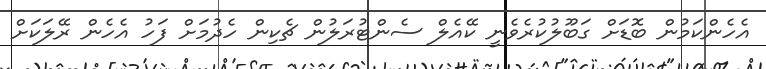
އެހެންކަމުން ބޮޑަށް ގަބޫލުކުރެވެނީ ކޭއެލް ސެންޓުރަލުން ޗެކިން ހެދުމަށް ފަހު އެހެން ރޭލަކަށް